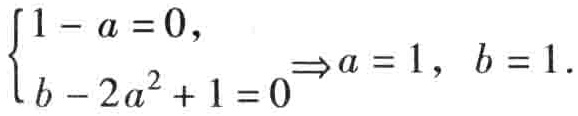
$\begin{cases}1 - a = 0,\\b - 2a^{2}+1 = 0\end{cases}\Rightarrow a = 1,\ b = 1.$